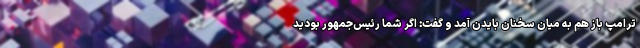
ترامپ باز هم به میان سخنان بایدن آمد و گفت: اگر شما رئیس‌جمهور بودید